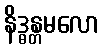
နိဒ္ဓန္တမလော